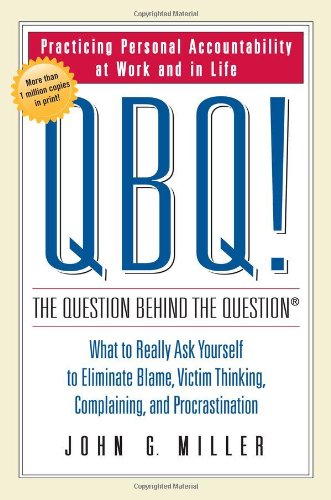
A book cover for QBQ! The Question Behind the Question: Practicing Personal Accountability at Work and in Life; John G. Miller; Self-Help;